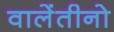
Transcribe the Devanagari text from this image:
वालेंतीनो